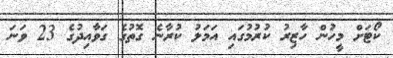
ކޯޓަށް މީހުން ހާޒިރު ކުރުމުގައި އަމަލު ކުރާނެ ގޮތުގެ ގަވާއިދުގެ 23 ވަނަ